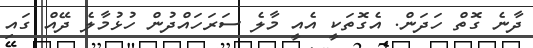
ދާނެ ގޮތް ހަދަން. އެގޮތަކީ އެއީ މާލެ ސަރަހައްދުން ހުޅުމާލެ ދޭއް ގައި